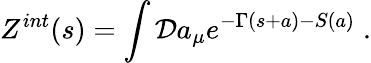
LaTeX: Z^{int}(s)=\int{\cal D}a_{\mu}e^{-\Gamma(s+a)-S(a)}\; .